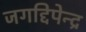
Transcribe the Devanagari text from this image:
जगद्दिपेन्द्र